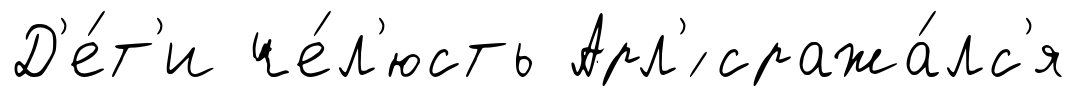
Д'е́т'и че́л'юсть Арл'́ сража́лс'я